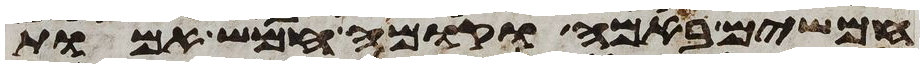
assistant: חמשים באמה וקומה חמש אמות